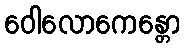
ဝေါလောကေန္တော